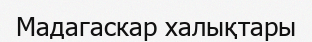
Мадагаскар халықтары